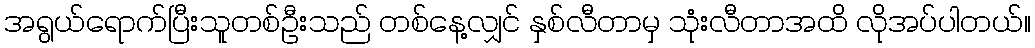
အရွယ်ရောက်ပြီးသူတစ်ဦးသည် တစ်နေ့လျှင် နှစ်လီတာမှ သုံးလီတာအထိ လိုအပ်ပါတယ်။